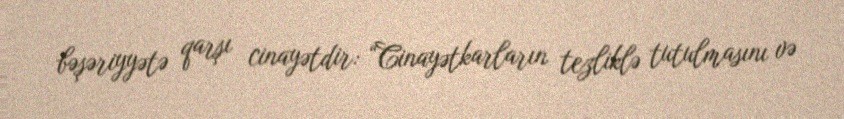
bəşəriyyətə qarşı cinayətdir: “Cinayətkarların tezliklə tutulmasını və